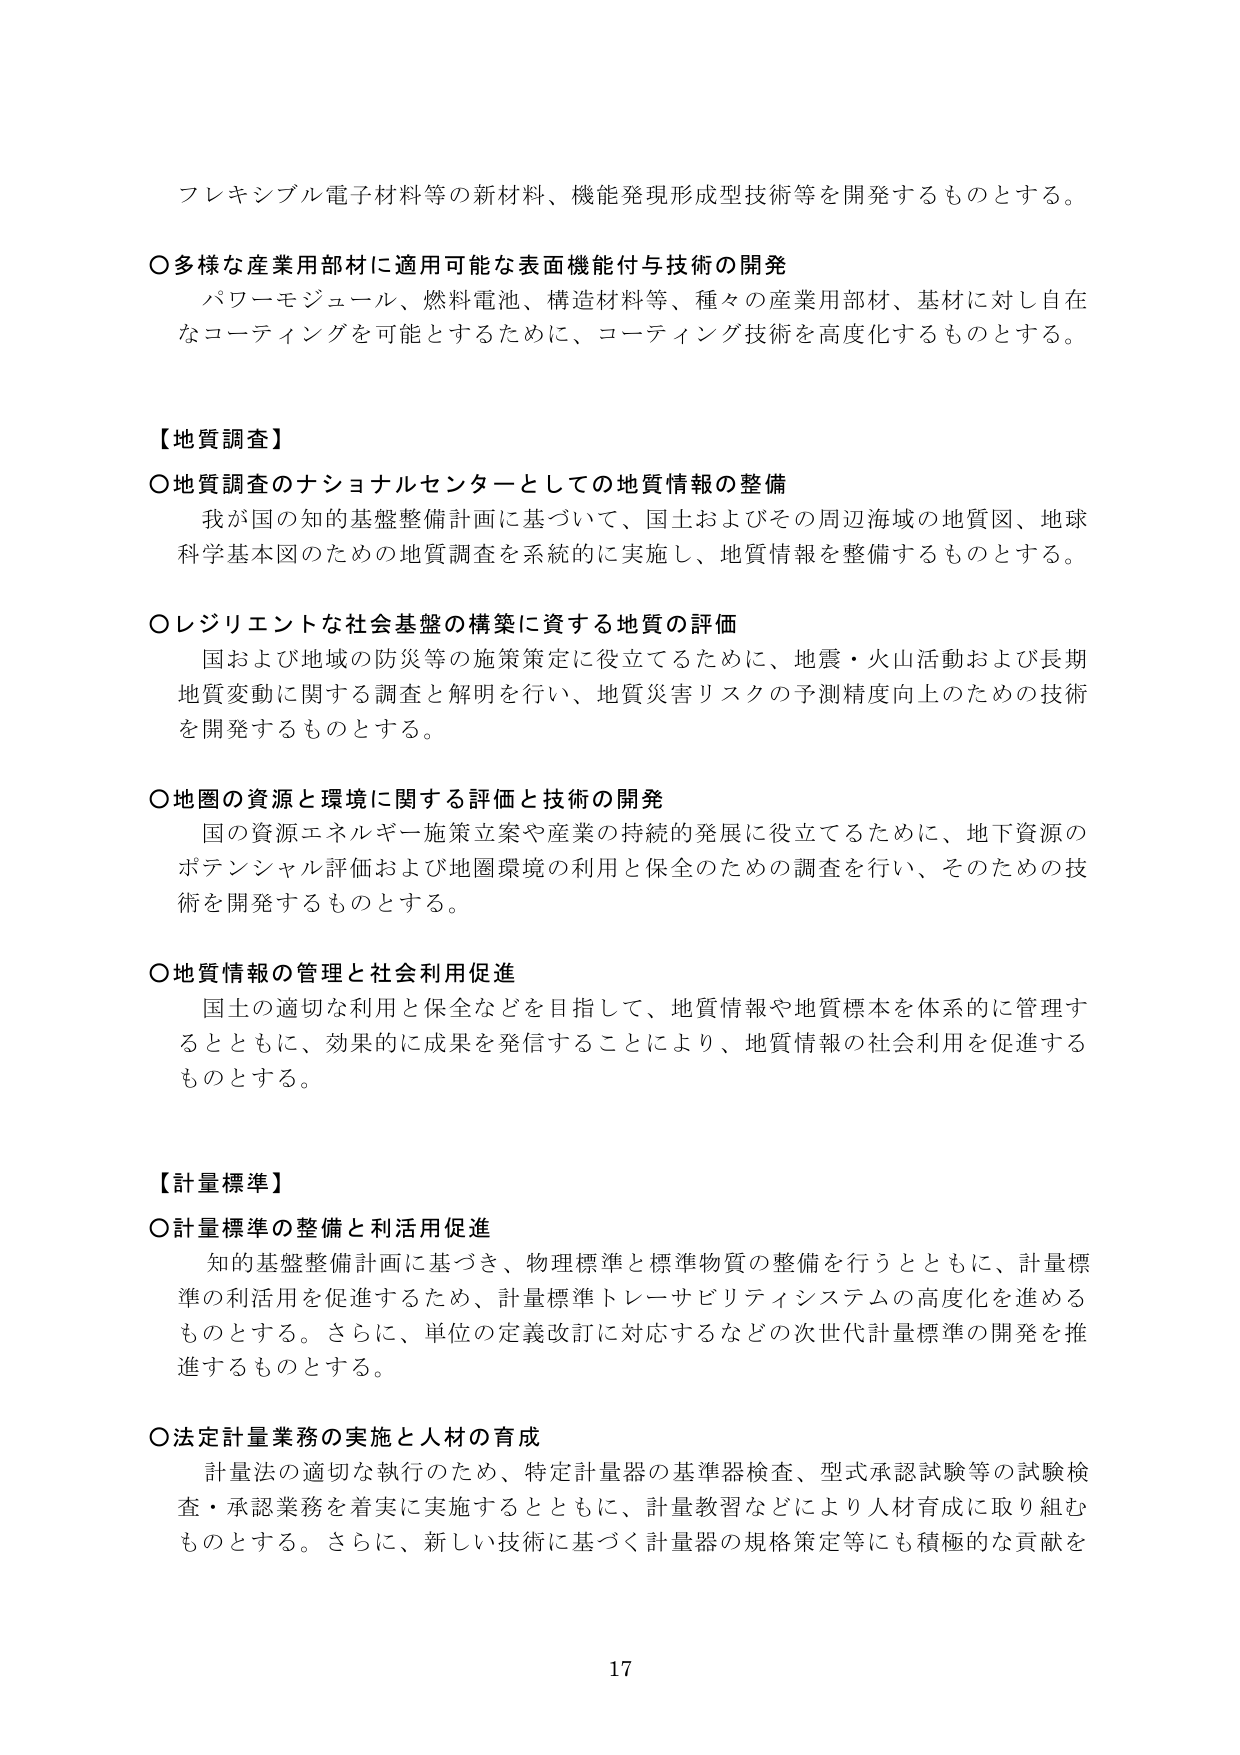
フレキシブル電子材料等の新材料、機能発現形成技術等を開発するものとする。

〇多様な産業用部材に適用可能な表面機能付与技術の開発
　パワーモジュール、燃料電池、構造材料等、種々の産業用部材、基材に対し自在
　なコーティングを可能とするために、コーティング技術を高度化するものとする。

【地質調査】
〇地質調査のナショナルセンターとしての地質情報の整備
　我が国の知的基盤整備計画に基づいて、国土およびその周辺海域の地質図、地球
　科学基本図のための地質調査を系統的に実施し、地質情報を整備するものとする。

〇レジリエントな社会基盤の構築に資する地質の評価
　国および地域の防災等の施策策定に役立てるために、地震・火山活動および長期
　地質変動に関する調査と解明を行い、地質災害リスクの予測精度向上のための技術
　を開発するものとする。

〇地圏の資源と環境に関する評価と技術の開発
　国の資源エネルギー施策立案や産業の持続的発展に役立てるために、地下資源の
　ポテンシャル評価および地圏環境の利用と保全のための調査を行い、そのための技
　術を開発するものとする。

〇地質情報の管理と社会利用促進
　国土の適切な利用と保全などを目指して、地質情報や地質標本を体系的に管理す
　るとともに、効果的に成果を発信することにより、地質情報の社会利用を促進する
　ものとする。

【計量標準】
〇計量標準の整備と利活用促進
　知的基盤整備計画に基づき、物理標準と標準物質の整備を行うとともに、計量標
　準の利活用を促進するため、計量標準トレーサビリティシステムの高度化を進める
　ものとする。さらに、単位の定義改訂に対応するなどの次世代計量標準の開発を推
　進するものとする。

〇法定計量業務の実施と人材の育成
　計量法の適切な執行のため、特定計量器の基準器検査、型式承認試験等の試験検
　査・承認業務を着実に実施するとともに、計量教習などにより人材育成に取り組む
　ものとする。さらに、新しい技術に基づく計量器の規格策定等にも積極的な貢献を

17